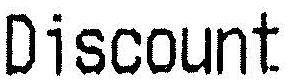
DISCOUNT